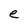
Character: e